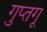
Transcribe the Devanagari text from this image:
गुप्तगू